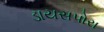
ડાયસપોરા